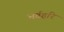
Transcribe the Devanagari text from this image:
भर्तहरि